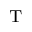
_ \mathrm { T }